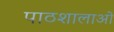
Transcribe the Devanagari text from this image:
पाठशालाओ